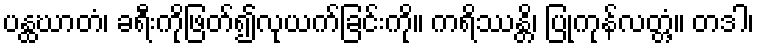
ပန္ထဃာတံ၊ ခရီးကိုဖြတ်၍လုယက်ခြင်းကို။ ကရိဿန္တိ၊ ပြုကုန်လတ္တံ့။ တဒါ၊